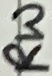
Text: RW